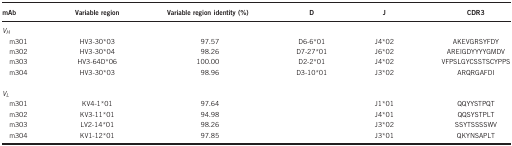
| mAb | Variable region | Variable region identity (%) | D | J | CDR3 |
 | --- | --- | --- | --- | --- | --- |
 | <COLSPAN=6> VH |
 | m301 | HV3-30*03 | 97.57 | D6-6*01 | J4*02 | AKEVGRSYFDY |
 | m302 | HV3-30*04 | 98.26 | D7-27*01 | J6*02 | AREIGDYYYYGMDV |
 | m303 | HV3-64D*06 | 100.00 | D2-2*01 | J4*02 | VFPSLGYCSSTSCYPPS |
 | m304 | HV3-30*03 | 98.96 | D3-10*01 | J3*02 | ARQRGAFDI |
 |  |  |  |  |  |  |
 | <COLSPAN=6> VL |
 | m301 | KV4-1*01 | 97.64 |  | J1*01 | QQYYSTPQT |
 | m302 | KV3-11*01 | 94.98 |  | J4*01 | QQSYSTPLT |
 | m303 | LV2-14*01 | 98.26 |  | J3*02 | SSYTSSSSWV |
 | m304 | KV1-12*01 | 97.85 |  | J3*01 | QKYNSAPLT |